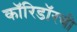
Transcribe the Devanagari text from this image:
कॉरिडॉरची